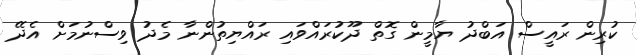
ކުރިން ރައީސް އަބްދު ޔާމީން ގޮތް ދޫކުރައްވައި ރައްޔިތުންނާ މެދު ވިސްނުމަށް އެދޭ